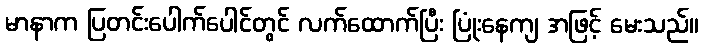
မာနာက ပြတင်းပေါက်ပေါင်တွင် လက်ထောက်ပြီး ပြုံးနေကျ အဖြင့် မေးသည်။